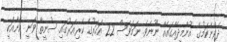
ދެވޭނެކަމުގެ އުންމީދެއްގައެއް ނޫނެވެ. ނަމަވެސް 22 އަހަރުގެ ކެރިއަރުގައި ސުނީތާ ވަނީ އޭނާއަކީ